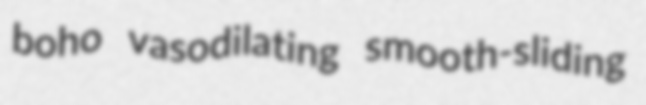
boho vasodilating smooth-sliding